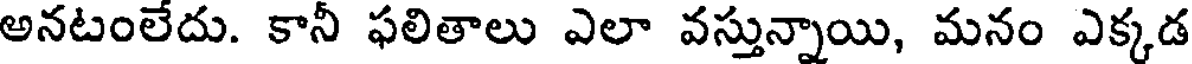
అనటంలేదు. కానీ ఫలితాలు ఎలా వస్తున్నాయి, మనం ఎక్కడ